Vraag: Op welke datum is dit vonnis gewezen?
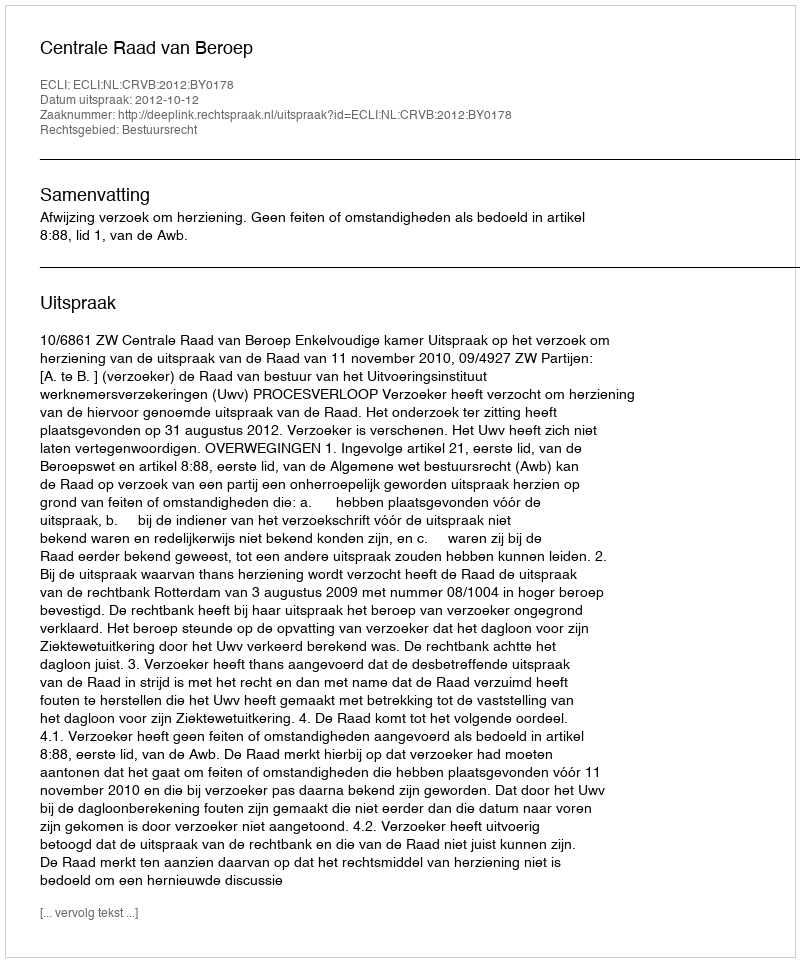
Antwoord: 2012-10-12